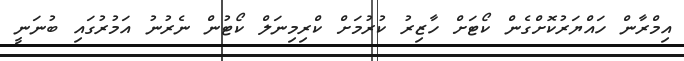
އިމްރާން ހައްޔަރުކޮށްގެން ކޯޓަށް ހާޒިރު ކުރުމަށް ކްރިމިނަލް ކޯޓުން ނެރުނު އަމުރުގައި ބުނަނީ